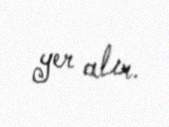
yer alır.